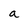
Character: a